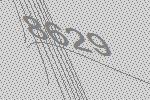
8629